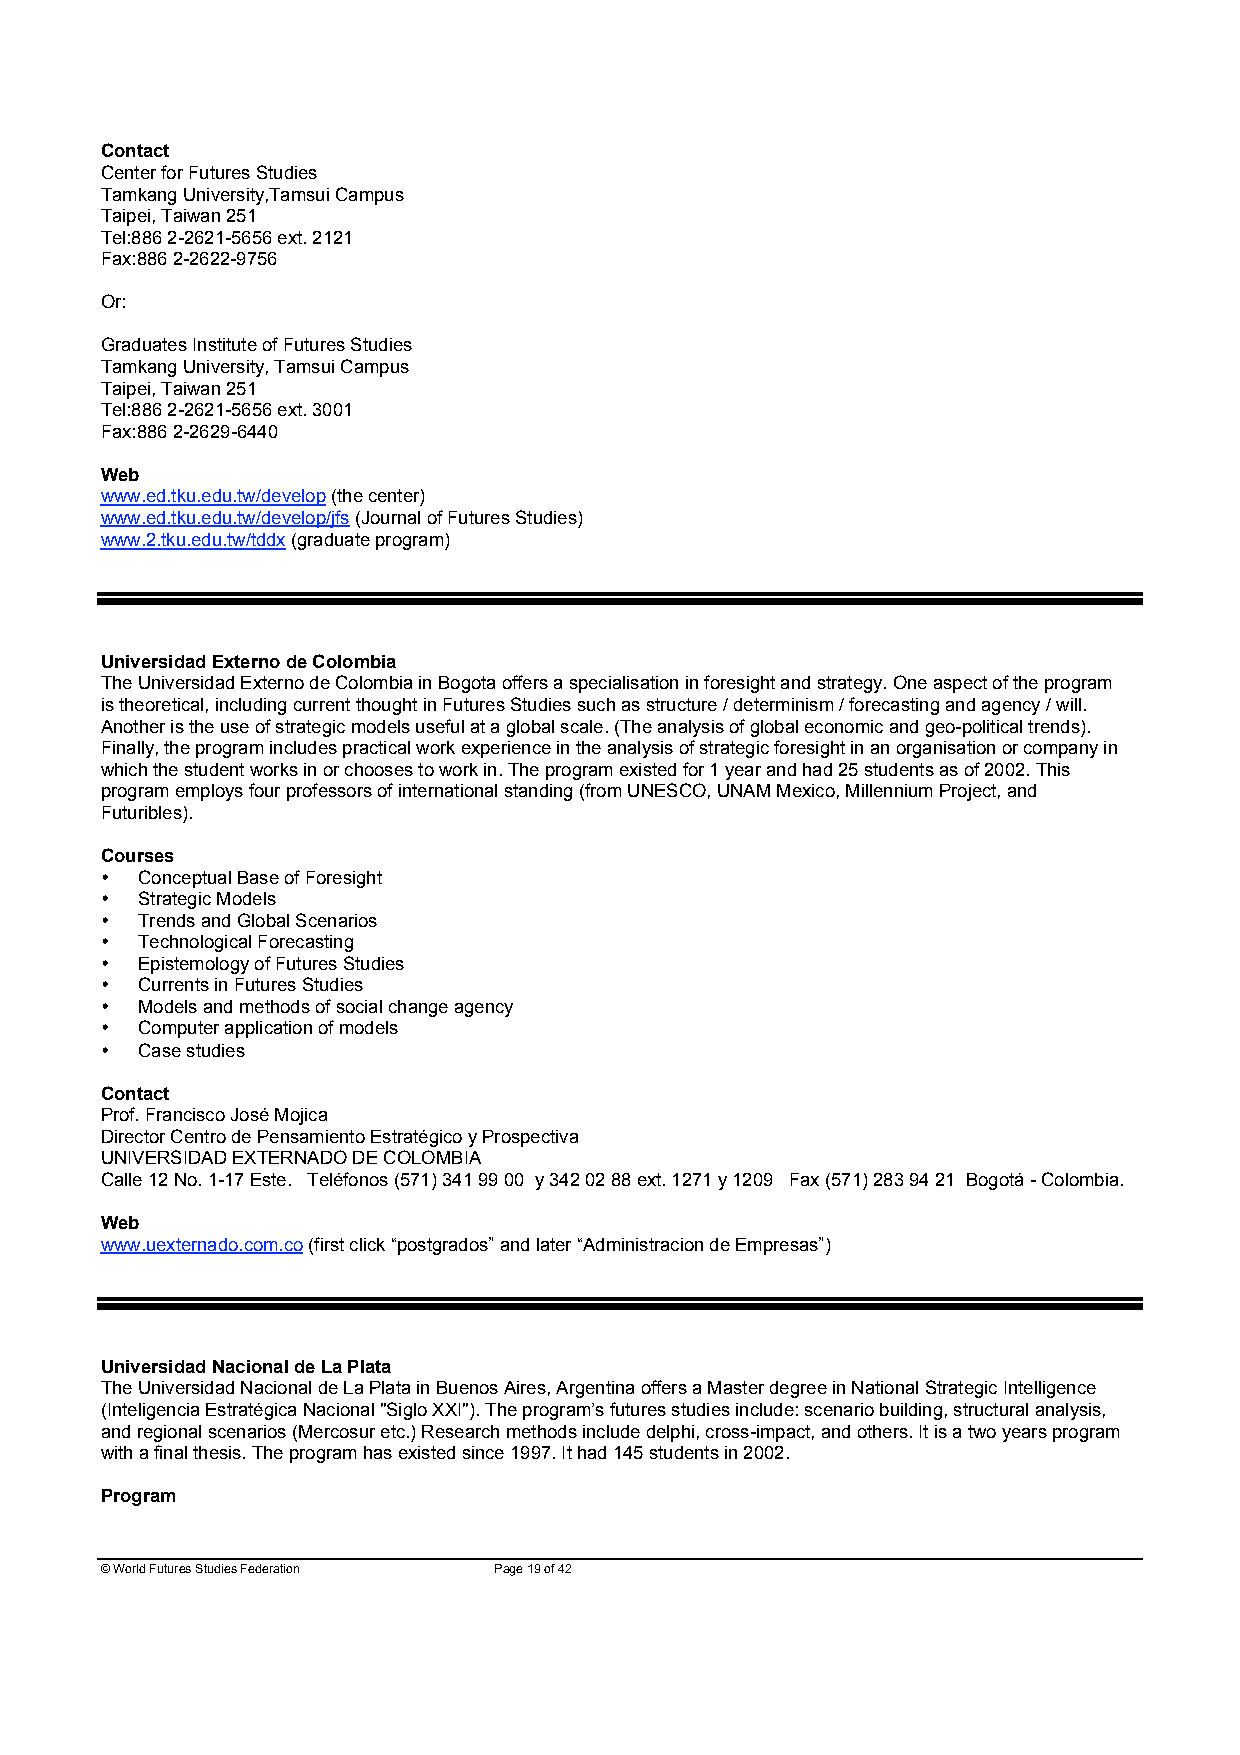
Contact
 Center for Futures Studies
 Tamkang University,Tamsui Campus
 Taipei, Taiwan 251
 Tel:886 2-2621-5656 ext. 2121
 Fax:886 2-2622-9756
 Or:
 Graduates Institute of Futures Studies
 Tamkang University, Tamsui Campus
 Taipei, Taiwan 251
 Tel:886 2-2621-5656 ext. 3001
 Fax:886 2-2629-6440
 Web
 www.ed.tku.edu.tw/develop (the center)
 www.ed.tku.edu.tw/develop/jfs (Journal of Futures Studies)
 www.2.tku.edu.tw/tddx (graduate program)
 Universidad Externo de Colombia
 The Universidad Externo de Colombia in Bogota offers a specialisation in foresight and strategy. One aspect of the program
 is theoretical, including current thought in Futures Studies such as structure / determinism / forecasting and agency / will.
 Another is the use of strategic models useful at a global scale. (The analysis of global economic and geo-political trends).
 Finally, the program includes practical work experience in the analysis of strategic foresight in an organisation or company in
 which the student works in or chooses to work in. The program existed for 1 year and had 25 students as of 2002. This
 program employs four professors of international standing (from UNESCO, UNAM Mexico, Millennium Project, and
 Futuribles).
 Courses
 • Conceptual Base of Foresight
 • Strategic Models
 • Trends and Global Scenarios
 • Technological Forecasting
 • Epistemology of Futures Studies
 • Currents in Futures Studies
 • Models and methods of social change agency
 • Computer application of models
 • Case studies
 Contact
 Prof. Francisco José Mojica
 Director Centro de Pensamiento Estratégico y Prospectiva
 UNIVERSIDAD EXTERNADO DE COLOMBIA
 Calle 12 No. 1-17 Este. Teléfonos (571) 341 99 00 y 342 02 88 ext. 1271 y 1209 Fax (571) 283 94 21 Bogotá - Colombia.
 Web
 www.uexternado.com.co (first click “postgrados” and later “Administracion de Empresas”)
 Universidad Nacional de La Plata
 The Universidad Nacional de La Plata in Buenos Aires, Argentina offers a Master degree in National Strategic Intelligence
 (Inteligencia Estratégica Nacional "Siglo XXI"). The program’s futures studies include: scenario building, structural analysis,
 and regional scenarios (Mercosur etc.) Research methods include delphi, cross-impact, and others. It is a two years program
 with a final thesis. The program has existed since 1997. It had 145 students in 2002.
 Program
 © World Futures Studies Federation Page 19 of 42